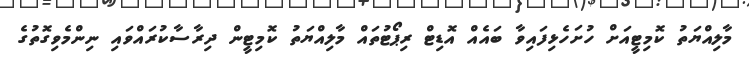
މާލިއްޔަތު ކޮމިޓީއަށް ހުށަހެޅިފައިވާ ބައެއް އޮޑިޓް ރިޕޯޓުތައް މާލިއްޔަތު ކޮމިޓީން ދިރާސާކުރައްވައި ނިންމެވިގޮތުގެ